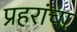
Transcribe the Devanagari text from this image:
प्रहरांचा